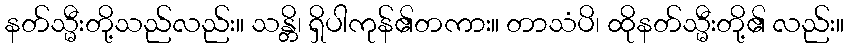
နတ်သ္မီးတို့သည်လည်း။ သန္တိ၊ ရှိပါကုန်၏တကား။ တာသံပိ၊ ထိုနတ်သ္မီးတို့၏ လည်း။